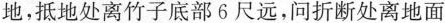
地，抵地处离竹子底部6尺远，问折断处离地面